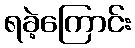
ရခဲ့ကြောင်း